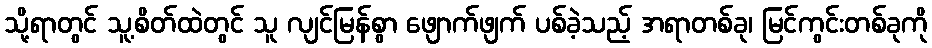
သို့ရာတွင် သူ့စိတ်ထဲတွင် သူ လျင်မြန်စွာ ဖျောက်ဖျက် ပစ်ခဲ့သည့် အရာတစ်ခု၊ မြင်ကွင်းတစ်ခုကို